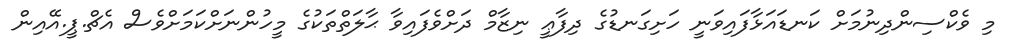
މި ވެކްސިންދިނުމަށް ކަނޑައަޅާފައިވަނީ ހަށިގަނޑުގެ ދިފާޢީ ނިޒާމް ދަށްވެފައިވާ ޙާލަތްތަކުގެ މީހުންނަށްކަމަށްވެސް އެޗް.ޕީ.އޭއިން